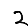
Digit: 2